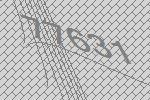
77631